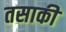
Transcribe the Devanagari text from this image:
तसाकी